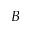
\boldsymbol { B }